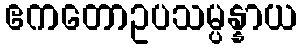
ဧကတောဥပသမ္ပန္နာယ